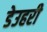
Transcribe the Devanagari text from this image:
डेउहरी